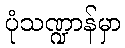
ပုံသဏ္ဍာန်မှာ